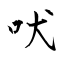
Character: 吠